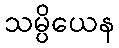
သမ္ပိယေန